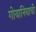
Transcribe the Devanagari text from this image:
गोयानियाची